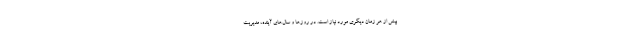
بیش از هر زمان دیگری مورد نیاز است. در روزها و سال‌های آینده، مدیریت